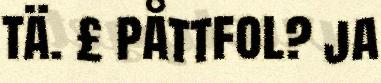
tä. £ påttfol? ja